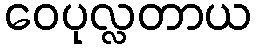
ဝေပုလ္လတာယ